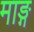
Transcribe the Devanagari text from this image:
माङ्ग